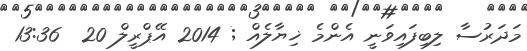
މަދަރުސާ ލިބިފައިވަނީ އެންމެ ޚިޔާލެއް ; 2014 އޭޕްރީލް 20  13:36